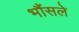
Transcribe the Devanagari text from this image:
भौंसले